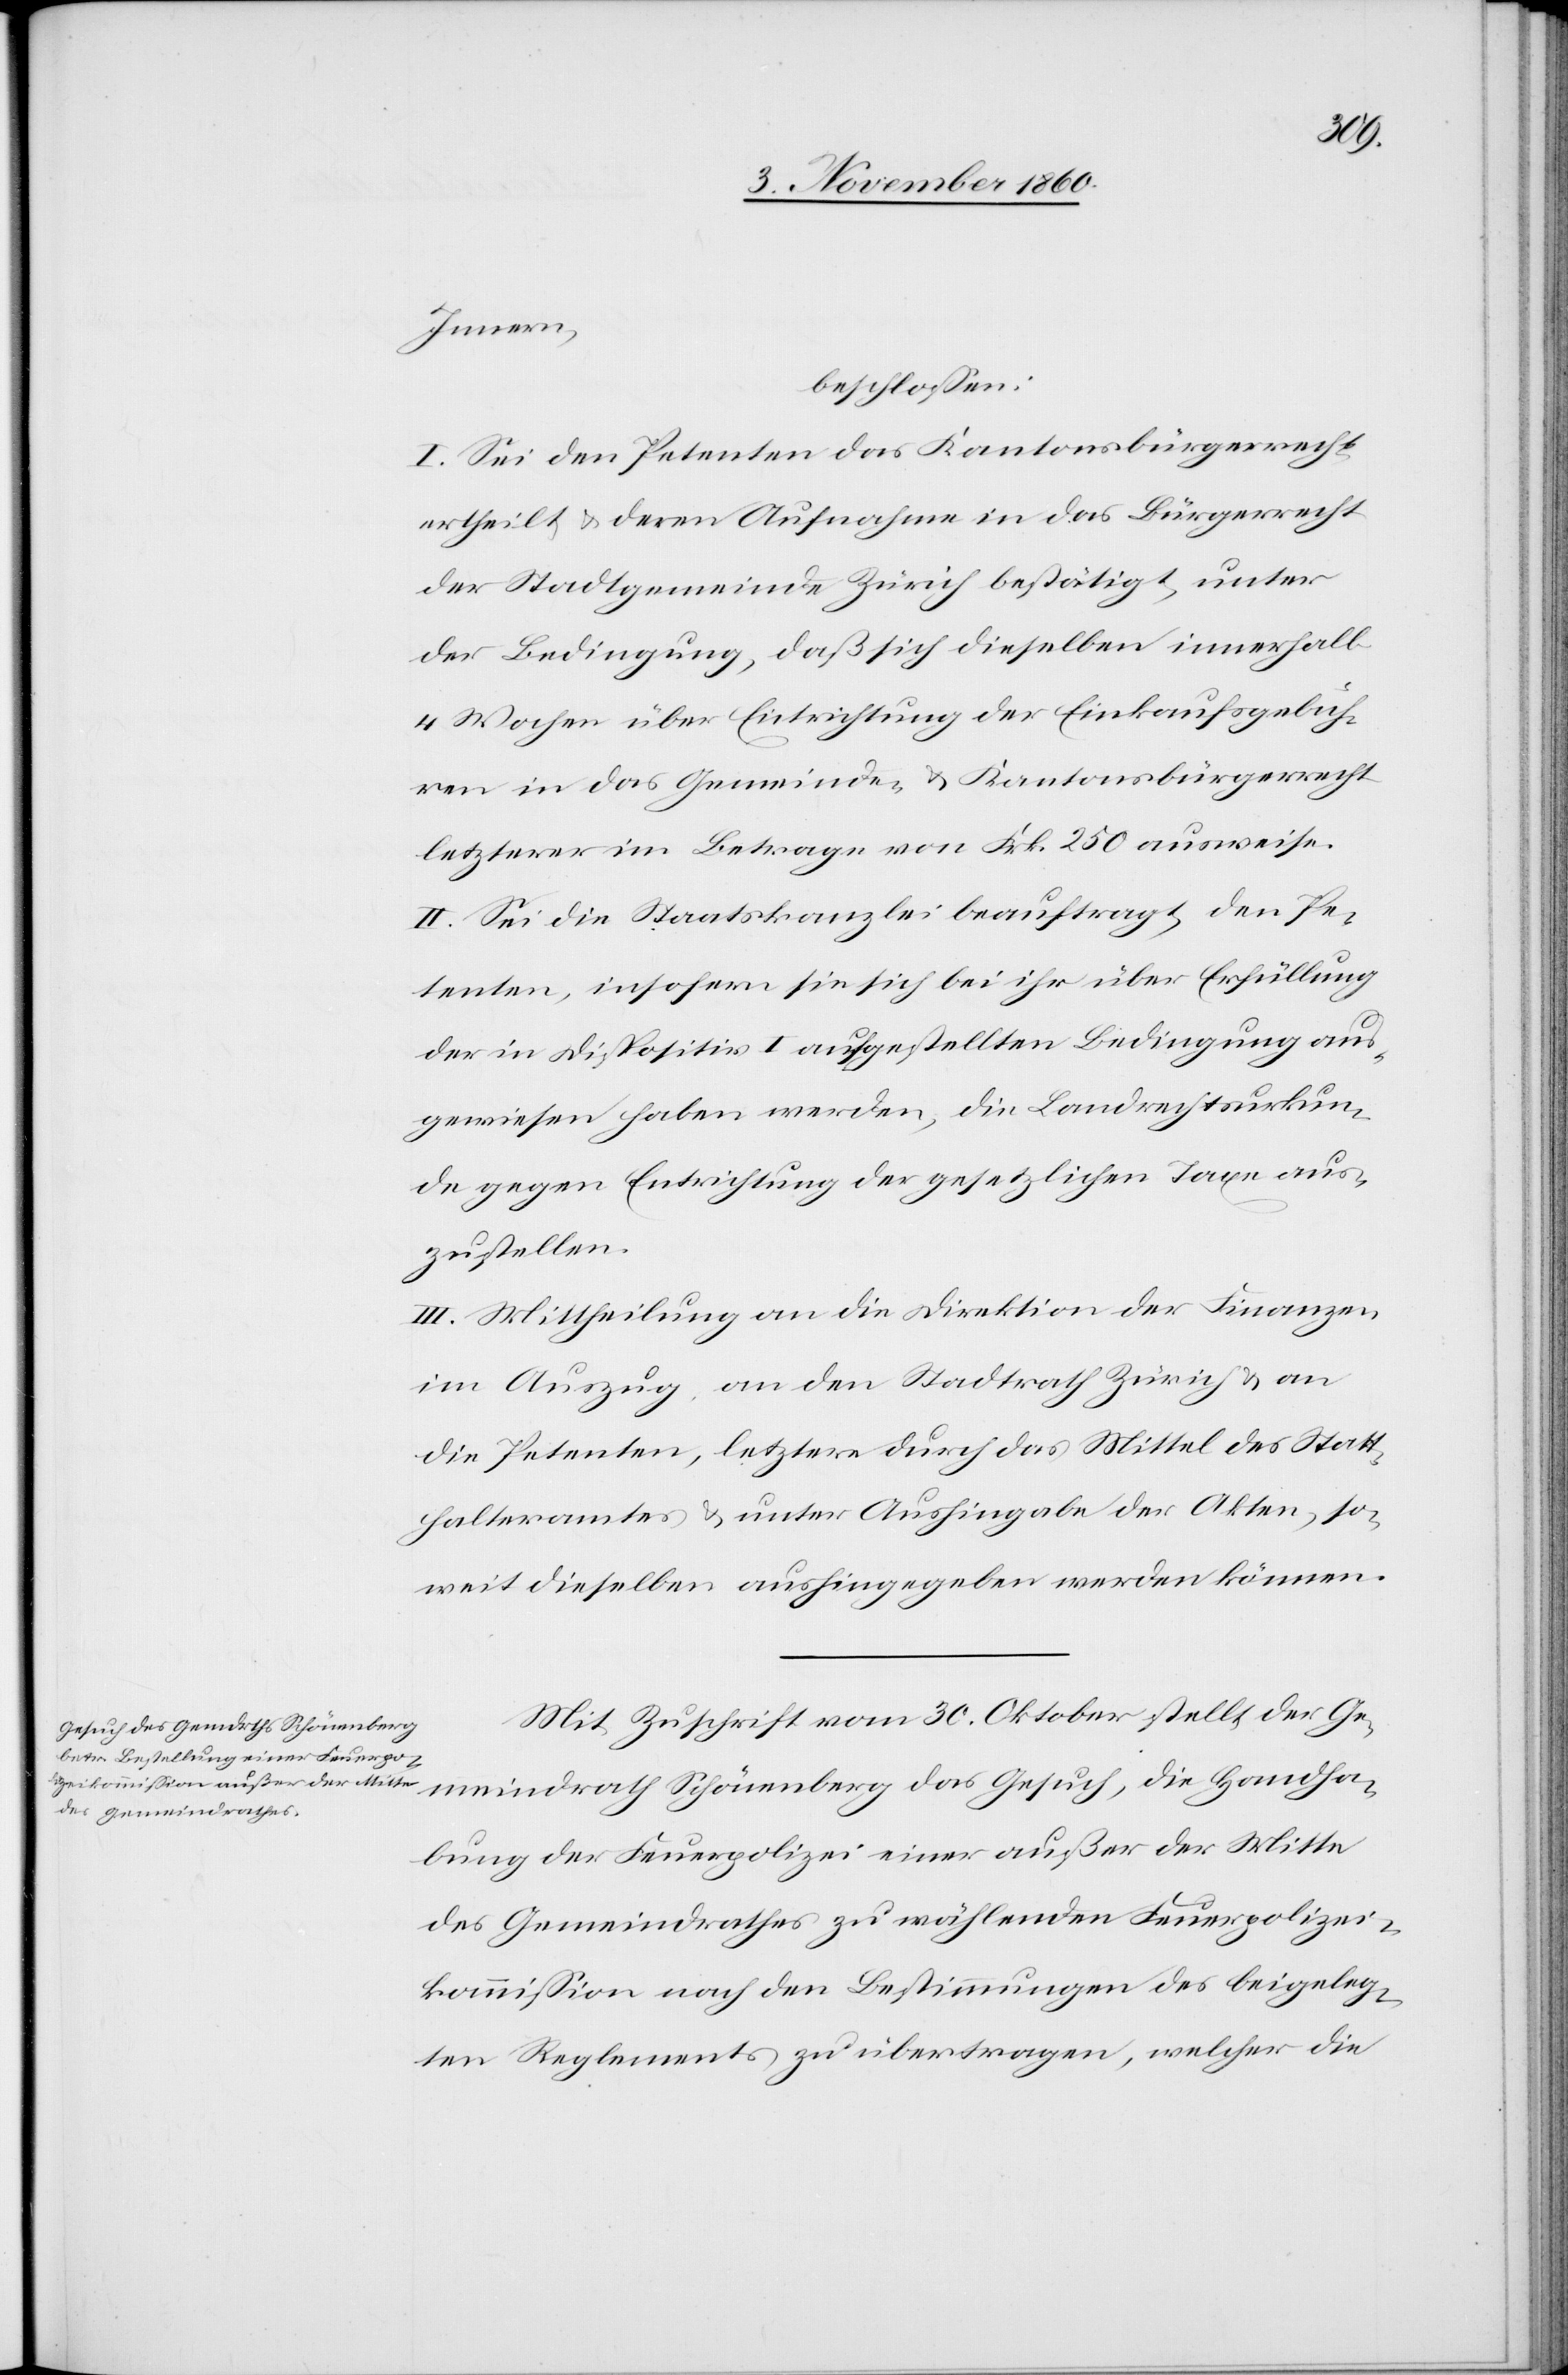
Handha¬
meindrath
beschlossen:
I. Sei den Petenten das Kantonsbürgerrecht
ertheilt u. deren Aufnahme in das Bürgerrecht
der Stadtgemeinde Zürich bestätigt, unter
der Bedingung, daß sich dieselben innerhalb
4 Wochen über Entrichtung der Einkaufsgebüh¬
ren in das Gemeinde- u. Kantonsbürgerrecht
letzterer im Betrage von Frk. 250 ausweise.
II. Sei die Staatskanzlei beauftragt, den Pe¬
tenten, insofern sie sich bei ihr über Erfüllung
der in Dispositiv I aufgestellten Bedingung aus¬
gewiesen haben werden, die Landrechturkun¬
de gegen Entrichtung der gesetzlichen Taxe aus¬
zustellen.
III. Mittheilung an die Direktion der Finanzen
im Auszuge, an den Stadtrath Zürich u. an
die Petenten, letztere durch das Mittel des Statt¬
halteramtes u. unter Aushingabe der Akten, so¬
weit dieselben aushingegeben werden können.
Mit Zuschrift vom 30. Oktober stellt der Ge¬
bung der Feuerpolizei einer außer der Mitte
des Gemeindrathes zu wählenden Feuerpolizei¬
kommission nach den Bestimmungen des beigeleg¬
ten Reglements zu übertragen, welcher die